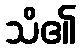
သိ၏